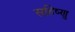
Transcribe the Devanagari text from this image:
सहिष्‍णु